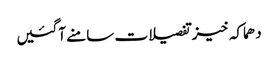
دھماکہ خیز تفصیلات سامنے آگئیں